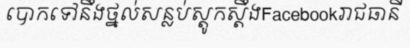
បោកទៅនឹងថ្នល់សន្លប់ស្តូកស្តឹងFacebookរាជធានី